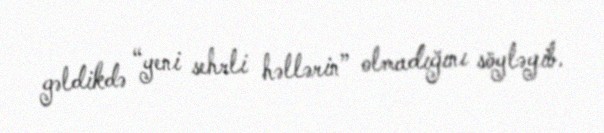
gəldikdə “yeni sehrli həllərin” olmadığını söyləyib.